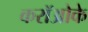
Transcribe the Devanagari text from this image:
करॉओके